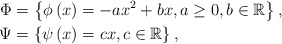
\begin{align*}\Phi & =\left\{ \phi\left(x\right)=-ax^{2}+bx,a\geq0,b\in\mathbb{R}\right\} ,\\\Psi & =\left\{ \psi\left(x\right)=cx,c\in\mathbb{R}\right\},\end{align*}